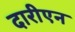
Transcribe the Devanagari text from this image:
दारीएन